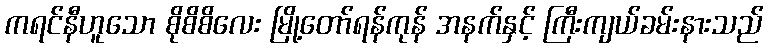
ကရင်နီဟူသော စိုစိစိလေး မြို့တော်ရန်ကုန် အနက်နှင့် ကြီးကျယ်ခမ်းနားသည်